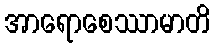
အာရောစေဿာမာတိ